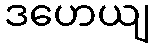
ဒဟေယျ